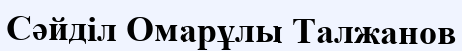
Сәйділ Омарұлы Талжанов